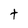
Character: t